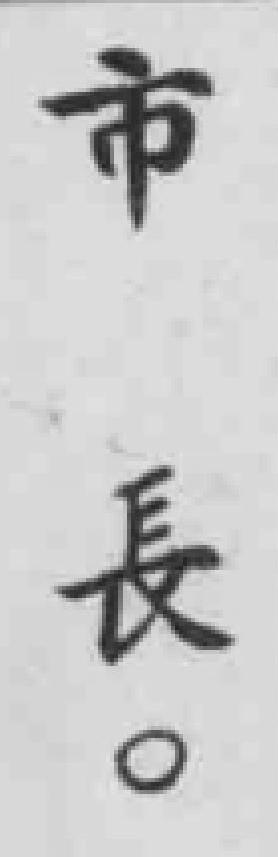
市長。